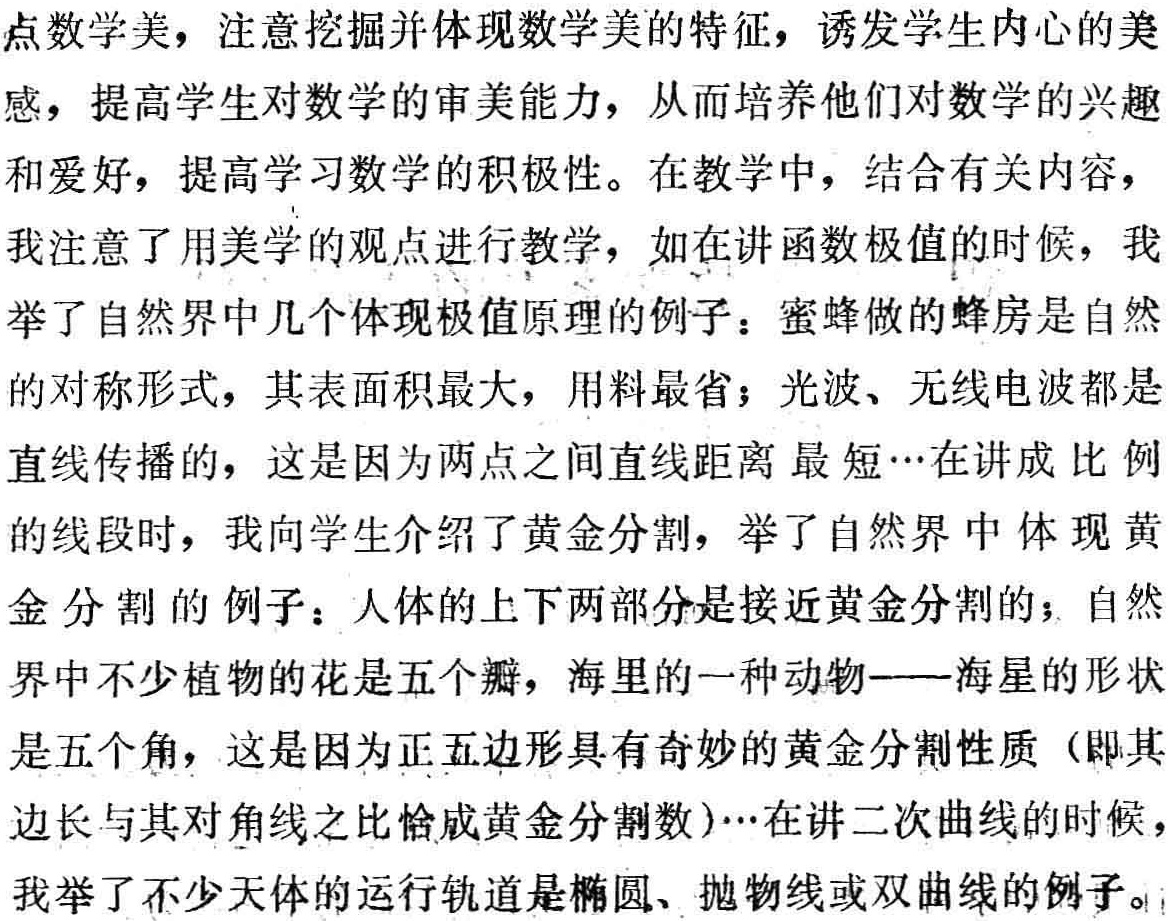
点数学美，注意挖掘并体现数学美的特征，诱发学生内心的美
感，提高学生对数学的审美能力，从而培养他们对数学的兴趣
和爱好，提高学习数学的积极性。在教学中，结合有关内容，
我注意了用美学的观点进行教学，如在讲函数极值的时候，我
举了自然界中几个体现极值原理的例子：蜜蜂做的蜂房是自然
的对称形式，其表面积最大，用料最省；光波、无线电波都是
直线传播的，这是因为两点之间直线距离 最短…在讲成 比例
的线段时，我向学生介绍了黄金分割，举了自然界中体现黄
金分割的例子：人体的上下两部分是接近黄金分割的；自然
界中不少植物的花是五个瓣，海里的一种动物——海星的形状
是五个角，这是因为正五边形具有奇妙的黄金分割性质（即其
边长与其对角线之比恰成黄金分割数）…在讲二次曲线的时候，
我举了不少天体的运行轨道是椭圆、抛物线或双曲线的例子。